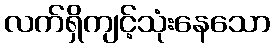
လက်ရှိကျင့်သုံးနေသော